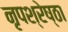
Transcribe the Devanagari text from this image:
नृपश्रेष्ठा